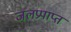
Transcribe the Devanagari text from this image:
जलप्रपाप्त